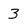
Character: 3